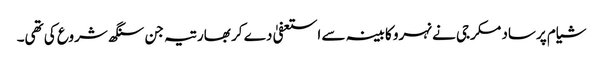
شیام پرساد مکرجی نے نہرو کابینہ سے استعفیٰ دے کر بھارتیہ جن سنگھ شروع کی تھی۔